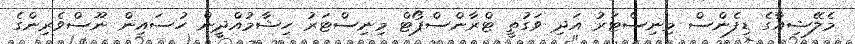
މެލޭޝިއާގެ ޑިފެންސް މިނިސްޓަރު އަދި ވަގުތީ ޓްރާންސްޕޯޓް މިނިސްޓަރު ހިޝާމުއްދީން ހުސައިން ނޫސްވެރިންގެ